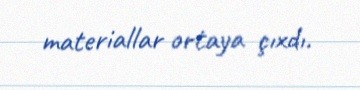
materiallar ortaya çıxdı.